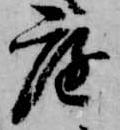
庭